Vaccination in Burma 1920-1933 - 1920-1933
Year: 1920
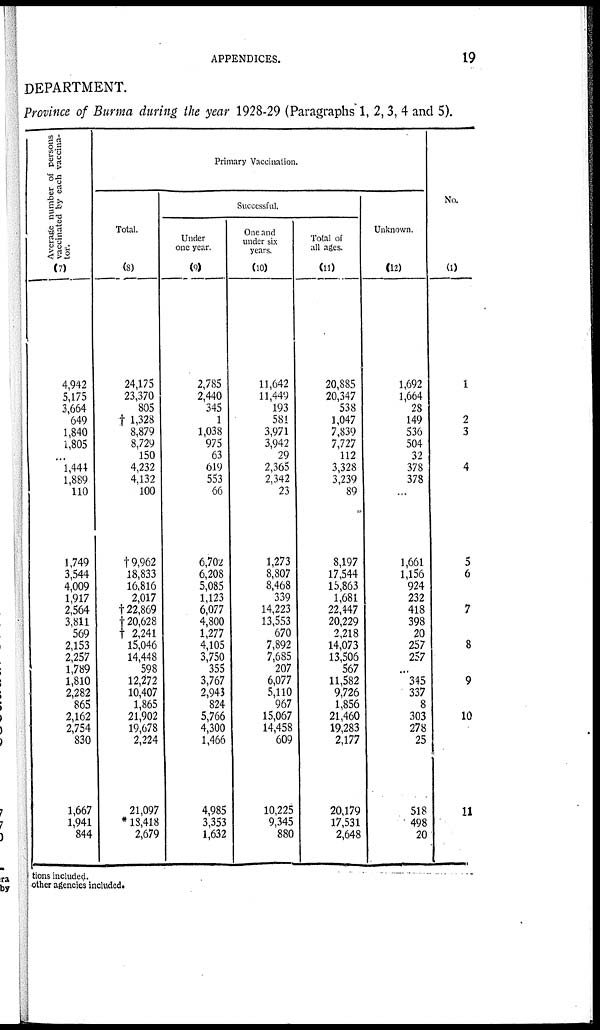
APPENDICES.
19
DEPARTMENT.
Province of Burma during the year 1928-29 (Paragraphs 1, 2, 3, 4 and 5).
Average number of persons
vaccinated by each vaccina-
tor.
(7)
4,942
5,175
3,664
649
1,840
1,805
...
1,444
1,889
110
1,749
3,544
4,009
1,917
2,564
3,811
569
2,153
2,257
1,789
1,810
2,282
865
2,162
2,754
830
1,667
1,941
844
Primary Vaccination.
Total.
(8)
24,175
23,370
805
† 1,328
8,879
8,729
150
4,232
4,132
100
†9,962
18,833
16,816
2,017
†22,869
†20,628
† 2,241
15,046
14,448
598
12,272
10,407
1,865
21,902
19,678
2,224
21,097
* 13,418
2,679
Successful.
Under
one year.
(9)
2,785
2,440
345
1
1,038
975
63
619
553
66
6,702
6,208
5,085
1,123
6,077
4,800
1,277
4,105
3,750
355
3,767
2,943
824
5,766
4,300
1,466
4,985
3,353
1,632
One and
under six
years.
(10)
11,642
11,449
193
581
3,971
3,942
29
2,365
2,342
23
1,273
8,807
8,468
339
14,223
13,553
670
7,892
7,685
207
6,077
5,110
967
15,067
14,458
609
10,225
9,345
880
Total of
all ages.
(11)
20,885
20,347
538
1,047
7,839
7,727
112
3,328
3,239
89
8,197
17,544
15,863
1,681
22,447
20,229
2,218
14,073
13,506
567
11,582
9,726
1,856
21,460
19,283
2,177
20,179
17,531
2,648
Unknown.
(12)
1,692
1,664
28
149
536
504
32
378
378
...
1,661
1,156
924
232
418
398
20
257
257
...
345
337
8
303
278
25
518
498
20
No.
(1)
1
2
3
4
5
6
7
8
9
10
11
tions included.
other agencies included.